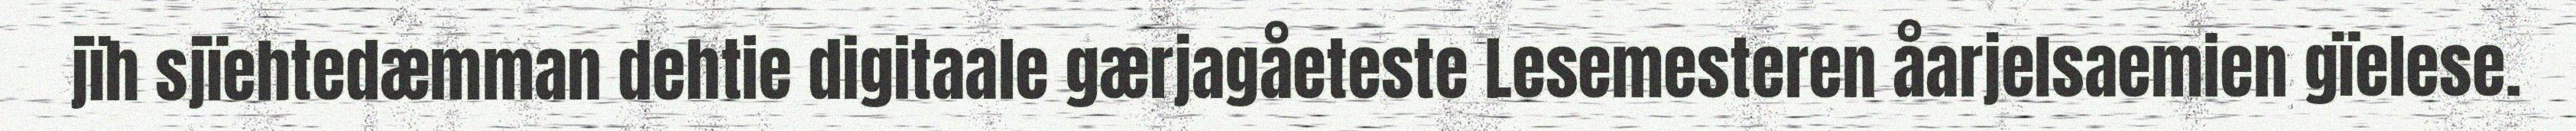
jïh sjïehtedæmman dehtie digitaale gærjagåeteste Lesemesteren åarjelsaemien gïelese.